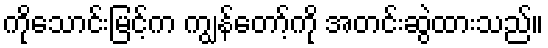
ကိုသောင်းမြင့်က ကျွန်တော့်ကို အတင်းဆွဲထားသည်။